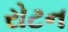
રોટન